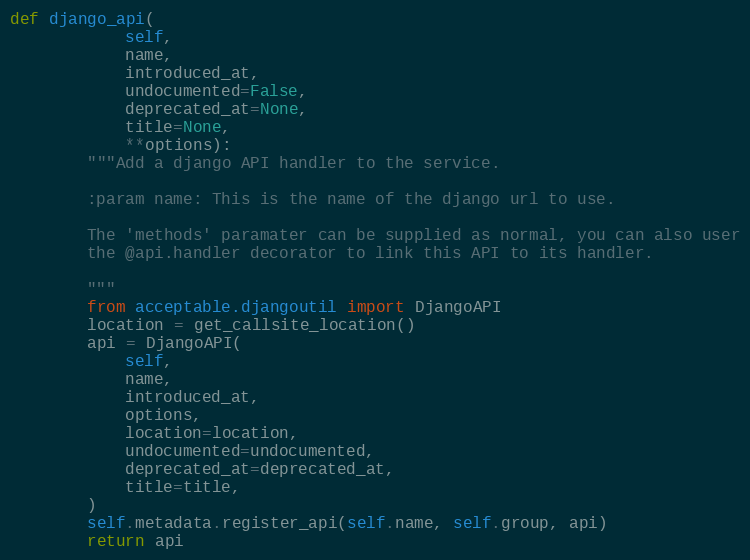
Language: Python
def django_api(
            self,
            name,
            introduced_at,
            undocumented=False,
            deprecated_at=None,
            title=None,
            **options):
        """Add a django API handler to the service.

        :param name: This is the name of the django url to use.

        The 'methods' paramater can be supplied as normal, you can also user
        the @api.handler decorator to link this API to its handler.

        """
        from acceptable.djangoutil import DjangoAPI
        location = get_callsite_location()
        api = DjangoAPI(
            self,
            name,
            introduced_at,
            options,
            location=location,
            undocumented=undocumented,
            deprecated_at=deprecated_at,
            title=title,
        )
        self.metadata.register_api(self.name, self.group, api)
        return api